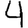
Digit: 4